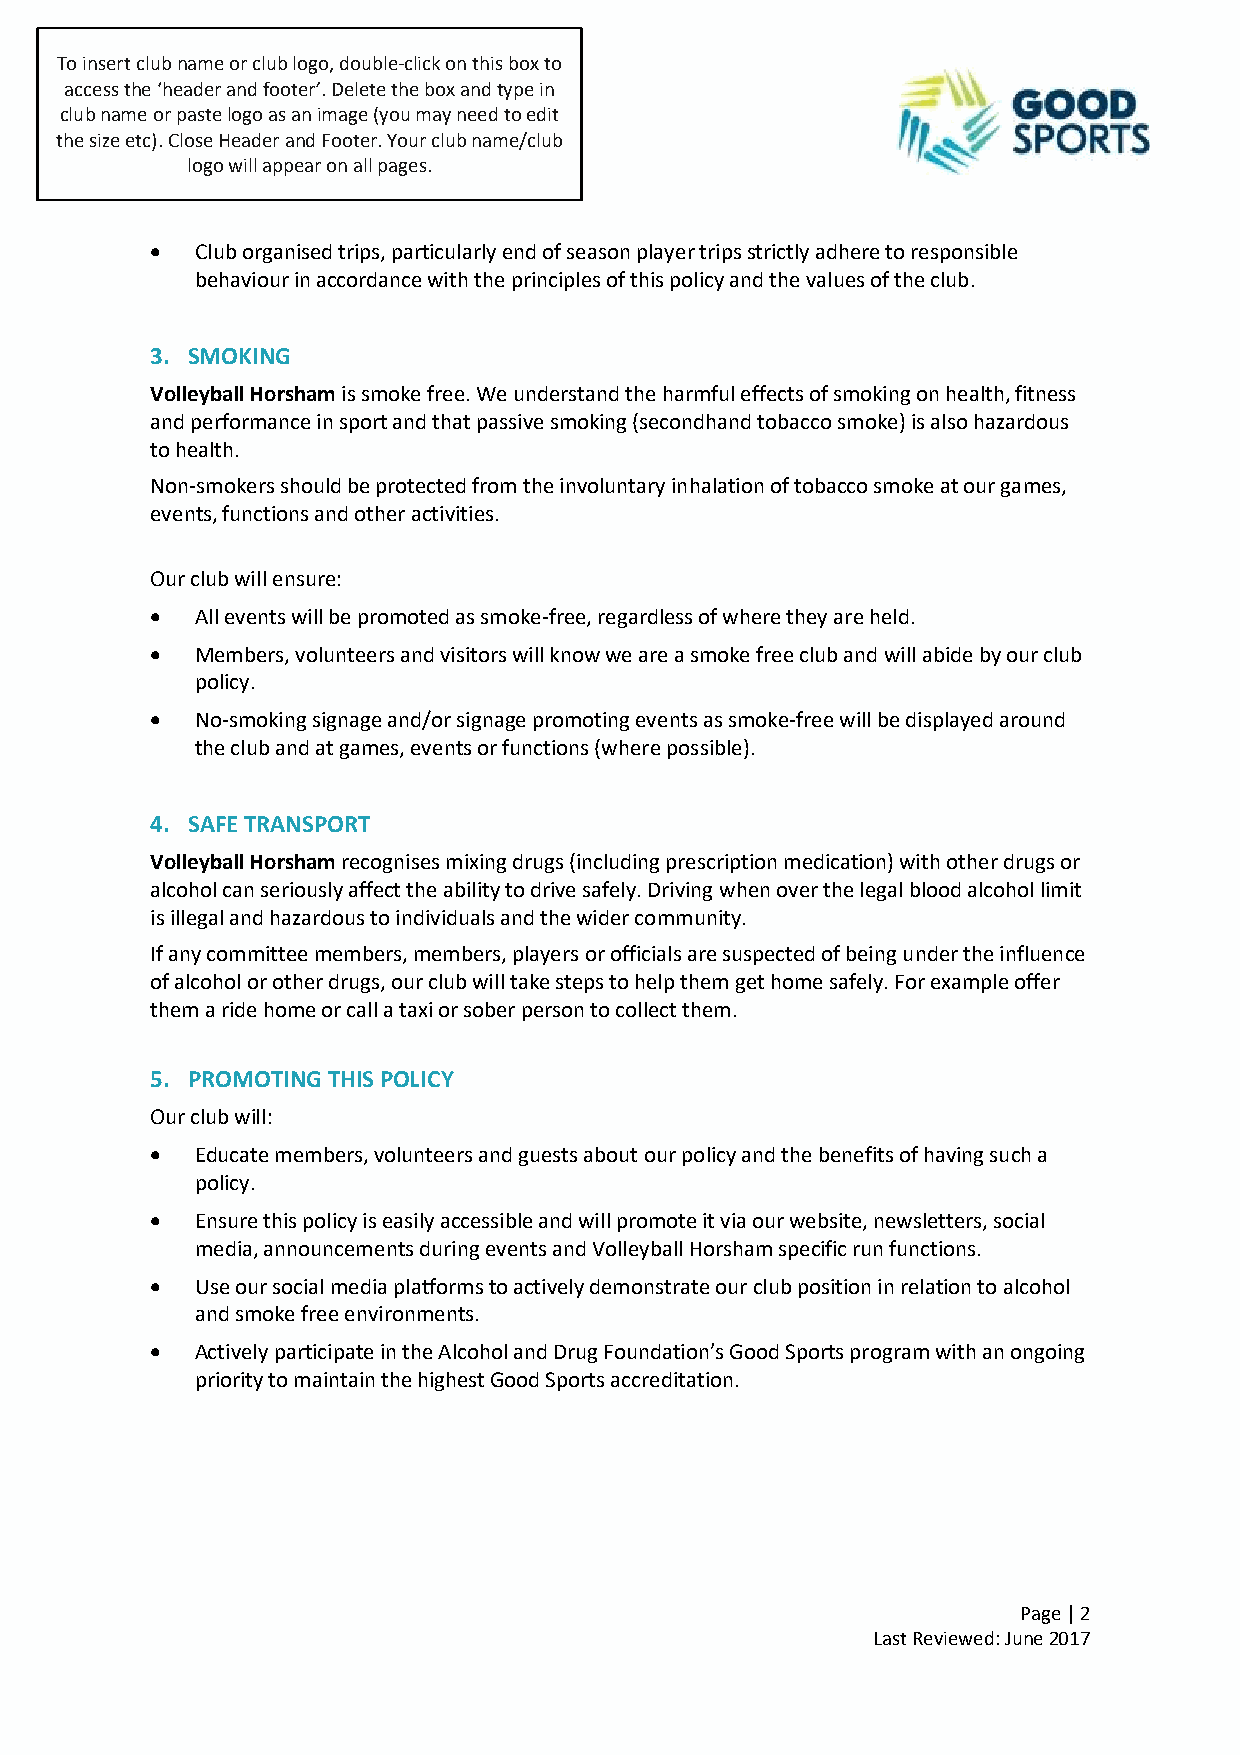
To insert club name or club logo, double-click on this box to
 access the ‘header and footer’. Delete the box and type in
 club name or paste logo as an image (you may need to edit
 the size etc). Close Header and Footer. Your club name/club
 logo will appear on all pages.
   Club organised trips, particularly end of season player trips strictly adhere to responsible
 behaviour in accordance with the principles of this policy and the values of the club.
 3. SMOKING
 Volleyball Horsham is smoke free. We understand the harmful effects of smoking on health, fitness
 and performance in sport and that passive smoking (secondhand tobacco smoke) is also hazardous
 to health.
 Non-smokers should be protected from the involuntary inhalation of tobacco smoke at our games,
 events, functions and other activities.
 Our club will ensure:
   All events will be promoted as smoke-free, regardless of where they are held.
   Members, volunteers and visitors will know we are a smoke free club and will abide by our club
 policy.
   No-smoking signage and/or signage promoting events as smoke-free will be displayed around
 the club and at games, events or functions (where possible).
 4. SAFE TRANSPORT
 Volleyball Horsham recognises mixing drugs (including prescription medication) with other drugs or
 alcohol can seriously affect the ability to drive safely. Driving when over the legal blood alcohol limit
 is illegal and hazardous to individuals and the wider community.
 If any committee members, members, players or officials are suspected of being under the influence
 of alcohol or other drugs, our club will take steps to help them get home safely. For example offer
 them a ride home or call a taxi or sober person to collect them.
 5. PROMOTING THIS POLICY
 Our club will:
   Educate members, volunteers and guests about our policy and the benefits of having such a
 policy.
   Ensure this policy is easily accessible and will promote it via our website, newsletters, social
 media, announcements during events and Volleyball Horsham specific run functions.
   Use our social media platforms to actively demonstrate our club position in relation to alcohol
 and smoke free environments.
   Actively participate in the Alcohol and Drug Foundation’s Good Sports program with an ongoing
 priority to maintain the highest Good Sports accreditation.
 Page | 2
 Last Reviewed: June 2017